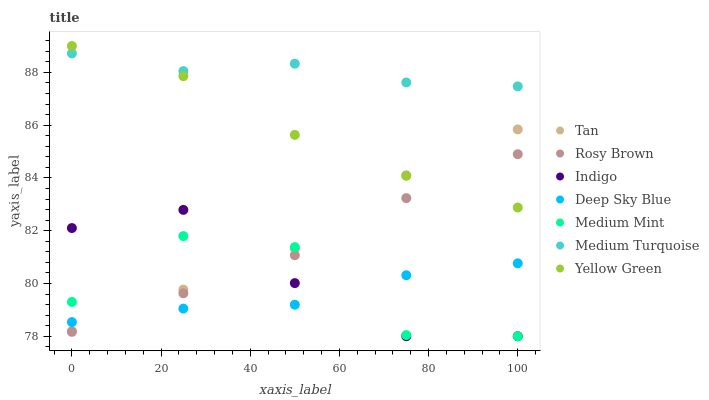
| xaxis_label | Tan | Rosy Brown | Indigo | Deep Sky Blue | Medium Mint | Medium Turquoise | Yellow Green |
 | --- | --- | --- | --- | --- | --- | --- | --- |
 | 0 | 78.2 | 78.2 | 82.1 | 78.5 | 79.3 | 88.7 | 89 |
 | 25 | 79.8 | 79.6 | 82.8 | 79 | 81.8 | 88.1 | 87.9 |
 | 50 | 81.3 | 81.1 | 80 | 79.2 | 81.4 | 88.3 | 85.6 |
 | 75 | 84.1 | 83.2 | 78 | 80.3 | 78 | 87.6 | 84.1 |
 | 100 | 85.8 | 84.9 | 78 | 80.8 | 78 | 87.5 | 82.9 |